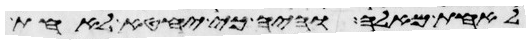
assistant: לאחת מאלה והיה כי יחטא לאחת